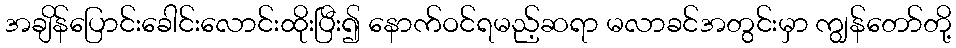
အချိန်ပြောင်းခေါင်းလောင်းထိုးပြီး၍ နောက်ဝင်ရမည့်ဆရာ မလာခင်အတွင်းမှာ ကျွန်တော်တို့